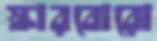
স্কারবোরো